Report of the Indian Hemp Drugs Commission, 1894-1895 - Volume VI
Year: 1894
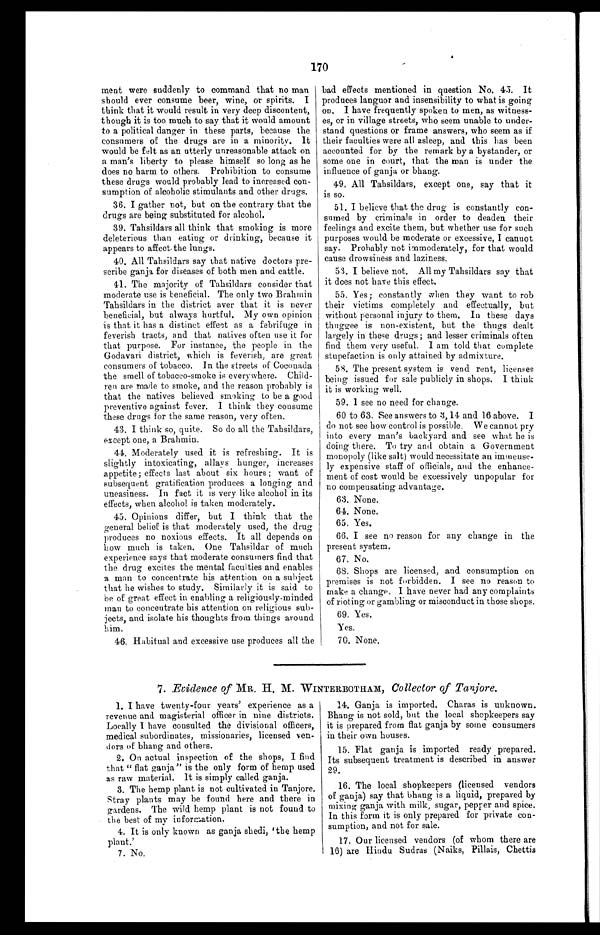
170
meat were suddenly to command that no man
should ever consume beer, wine, or spirits. I
think that it would result in very deep discontent,
though it is too much to say that it would amount
to a political danger in these parts, because the
consumers of the drugs are in a minority. It
would be felt as an utterly unreasonable attack on
a man's liberty to please himself so long as he
does no harm to others. Prohibition to consume
these drugs would probably lead to increased con-
sumption of alcoholic stimulants and other drugs.
36. I gather not, but on the contrary that the
drugs are being substituted for alcohol.
39. Tahsildars all think that smoking is more
deleterious than eating or drinking, because it
appears to affect the lungs.
40. All Tahsildars say that native doctors pre-
scribe ganja for diseases of both men and cattle.
41. The majority of Tahsildars consider that
moderate use is beneficial. The only two Brahmin
Tahsildars in the district aver that it is never
beneficial, but always hurtful. My own opinion
is that it has a distinct effect as a febrifuge in
feverish tracts, and that natives often use it for
that purpose. For instance, the people in the
Godavari district, which is feverish, are great
consumers of tobacco. In the streets of Coconada
the smell of tobacco-smoke is everywhere. Child-
ren are made to smoke, and the reason probably is
that the natives believed smoking to be a good
preventive against fever. I think they consume
these drugs for the same reason, very often.
43. I think so, quite. So do all the Tahsildars,
except one, a Brahmin.
44. Moderately used it is refreshing. It is
slightly intoxicating, allays hunger, increases
appetite; effects last about six hours ; want of
subsequent gratification produces a longing and
uneasiness. In fact it is very like alcohol in its
effects, when alcohol is taken moderately.
45. Opinions differ, but I think that the
general belief is that moderately used, the drug
produces no noxious effects. It all depends on
how much is taken. One Tahsildar of much
experience says that moderate consumers find that
the drug excites the mental faculties and enables
a man to concentrate his attention on a subject
that he wishes to study. Similarly it is said to
be of great effect in enabling a religiously-minded
man to concentrate his attention on religious sub-
jects, and isolate his thoughts from things around
him.
46. Habitual and excessive use produces all the
bad effects mentioned in question No. 45. It
produces languor and insensibility to what is going
on. I have frequently spoken to men, as witness-
es, or in village streets, who seem unable to under-
stand questions or frame answers, who seem as if
their faculties were all asleep, and this has been
accounted for by the remark by a bystander, or
some one in court, that the man is under the
influence of ganja or bhang.
49. All Tahsildars, except one, say that it
is so.
51. I believe that the drug is constantly con-
sumed by criminals in order to deaden their
feelings and excite them, but whether use for such
purposes would be moderate or excessive, I cannot
say. Probably not immoderately, for that would
cause drowsiness and laziness.
53. I believe not. All my Tahsildars say that
it does not have this effect.
55. Yes; constantly when they want to rob
their victims completely and effectually, but
without personal injury to them. In these days
thuggee is non-existent, but the thugs dealt
largely in these drugs; and lesser criminals often
find them very useful. I am told that complete
stupefaction is only attained by admixture.
58. The present system is vend rent, licenses
being issued for sale publicly in shops. I think
it is working well.
59. 1 see no need for change.
60 to 63. See answers to 3,14 and 16 above. I
do not see how control is possible. We cannot pry
into every man's backyard and see what he is
doing there. To try and obtain a Government
monopoly (like salt) would necessitate an immense-
ly expensive staff of officials, and the enhance-
ment of cost would be excessively unpopular for
no compensating advantage.
63. None.
64. None.
65. Yes.
66. I see no reason for any change in the
present system.
67. No.
68. Shops are licensed, and consumption on
premises is not forbidden. I see no reason to
make a change. I have never had any complaints
of rioting or gambling or misconduct in those shops.
69. Yes
. Y e s .
70. None.
7. Eviclence of MR. H. M. WINTERBOTHAM, Collector of Tanjore.
1. I have twenty-four years' experience as a
revenue and magisterial officer in nine districts.
Locally I have consulted the divisional officers,
medical subordinates, missionaries, licensed ven-
dors of bhang and others.
2. On actual inspection of the shops, I find
that " flat ganja" is the only form of hemp used
as raw material. It is simply called ganja.
3. The hemp plant is not cultivated in Tanjore.
Stray plants may be found here and there in
gardens. The wild hemp plant is not found to
the best of my information.
4. It is only known as ganja shedi, 'the hemp
plant.'
7. No.
14. Ganja is imported. Charas is unknown.
Bhang is not sold, but the local shopkeepers say
it is prepared from flat ganja by some consumers
in their own houses.
15. Flat ganja is imported ready prepared.
Its subsequent treatment is described in answer
29.
16. The local shopkeepers (licensed vendors
of ganja) say that bhang is a liquid, prepared by
mixing ganja with milk, sugar, pepper and spice.
In this form it is only prepared for private con-
sumption, and not for sale.
17. Our licensed vendors (of whom there are
16) are Hindu Sudras (Naiks, Pillais, Chettis